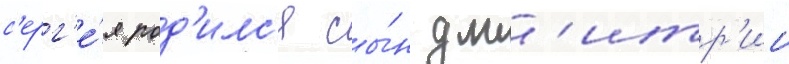
с'ерг'е́я род'илс'я сы́н дм'итр'ии